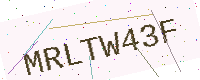
Text: MRLTW43F